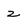
Character: z